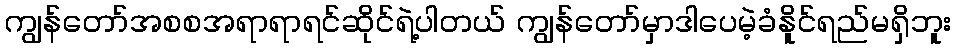
ကျွန်တော်အစစအရာရာရင်ဆိုင်ရဲ့ပါတယ် ကျွန်တော်မှာဒါပေမဲ့ခံနိူင်ရည်မရှိဘူး